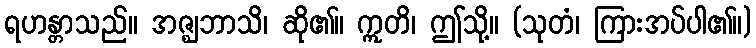
ရဟန္တာသည်။ အဇ္ဈဘာသိ၊ ဆို၏။ ဣတိ၊ ဤသို့။ (သုတံ၊ ကြားအပ်ပါ၏။)